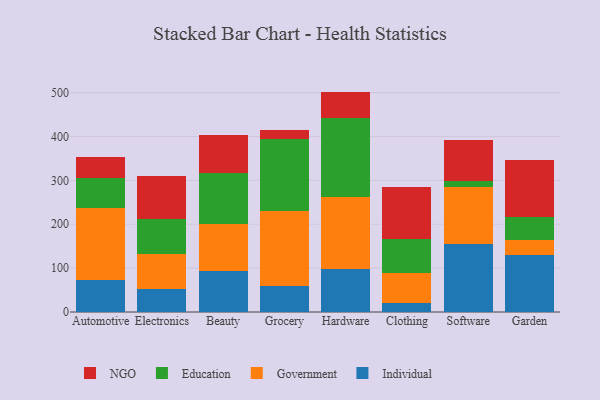
{"axis": {"x": "Category", "y": "Headcount"}, "legend": ["Education", "Government", "Individual", "NGO"], "data": [{"x": "Automotive", "y": 72.9, "type": "Individual"}, {"x": "Automotive", "y": 164.0, "type": "Government"}, {"x": "Automotive", "y": 69.2, "type": "Education"}, {"x": "Automotive", "y": 46.7, "type": "NGO"}, {"x": "Electronics", "y": 52.1, "type": "Individual"}, {"x": "Electronics", "y": 79.8, "type": "Government"}, {"x": "Electronics", "y": 79.8, "type": "Education"}, {"x": "Electronics", "y": 99.3, "type": "NGO"}, {"x": "Beauty", "y": 92.6, "type": "Individual"}, {"x": "Beauty", "y": 108.4, "type": "Government"}, {"x": "Beauty", "y": 115.8, "type": "Education"}, {"x": "Beauty", "y": 86.6, "type": "NGO"}, {"x": "Grocery", "y": 58.2, "type": "Individual"}, {"x": "Grocery", "y": 172.8, "type": "Government"}, {"x": "Grocery", "y": 162.7, "type": "Education"}, {"x": "Grocery", "y": 21.6, "type": "NGO"}, {"x": "Hardware", "y": 97.3, "type": "Individual"}, {"x": "Hardware", "y": 164.6, "type": "Government"}, {"x": "Hardware", "y": 179.3, "type": "Education"}, {"x": "Hardware", "y": 61.2, "type": "NGO"}, {"x": "Clothing", "y": 21.6, "type": "Individual"}, {"x": "Clothing", "y": 67.2, "type": "Government"}, {"x": "Clothing", "y": 77.4, "type": "Education"}, {"x": "Clothing", "y": 119.3, "type": "NGO"}, {"x": "Software", "y": 155.9, "type": "Individual"}, {"x": "Software", "y": 129.0, "type": "Government"}, {"x": "Software", "y": 13.1, "type": "Education"}, {"x": "Software", "y": 94.6, "type": "NGO"}, {"x": "Garden", "y": 130.8, "type": "Individual"}, {"x": "Garden", "y": 32.3, "type": "Government"}, {"x": "Garden", "y": 53.3, "type": "Education"}, {"x": "Garden", "y": 131.1, "type": "NGO"}]}